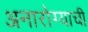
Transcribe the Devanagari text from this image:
अनारोग्याची